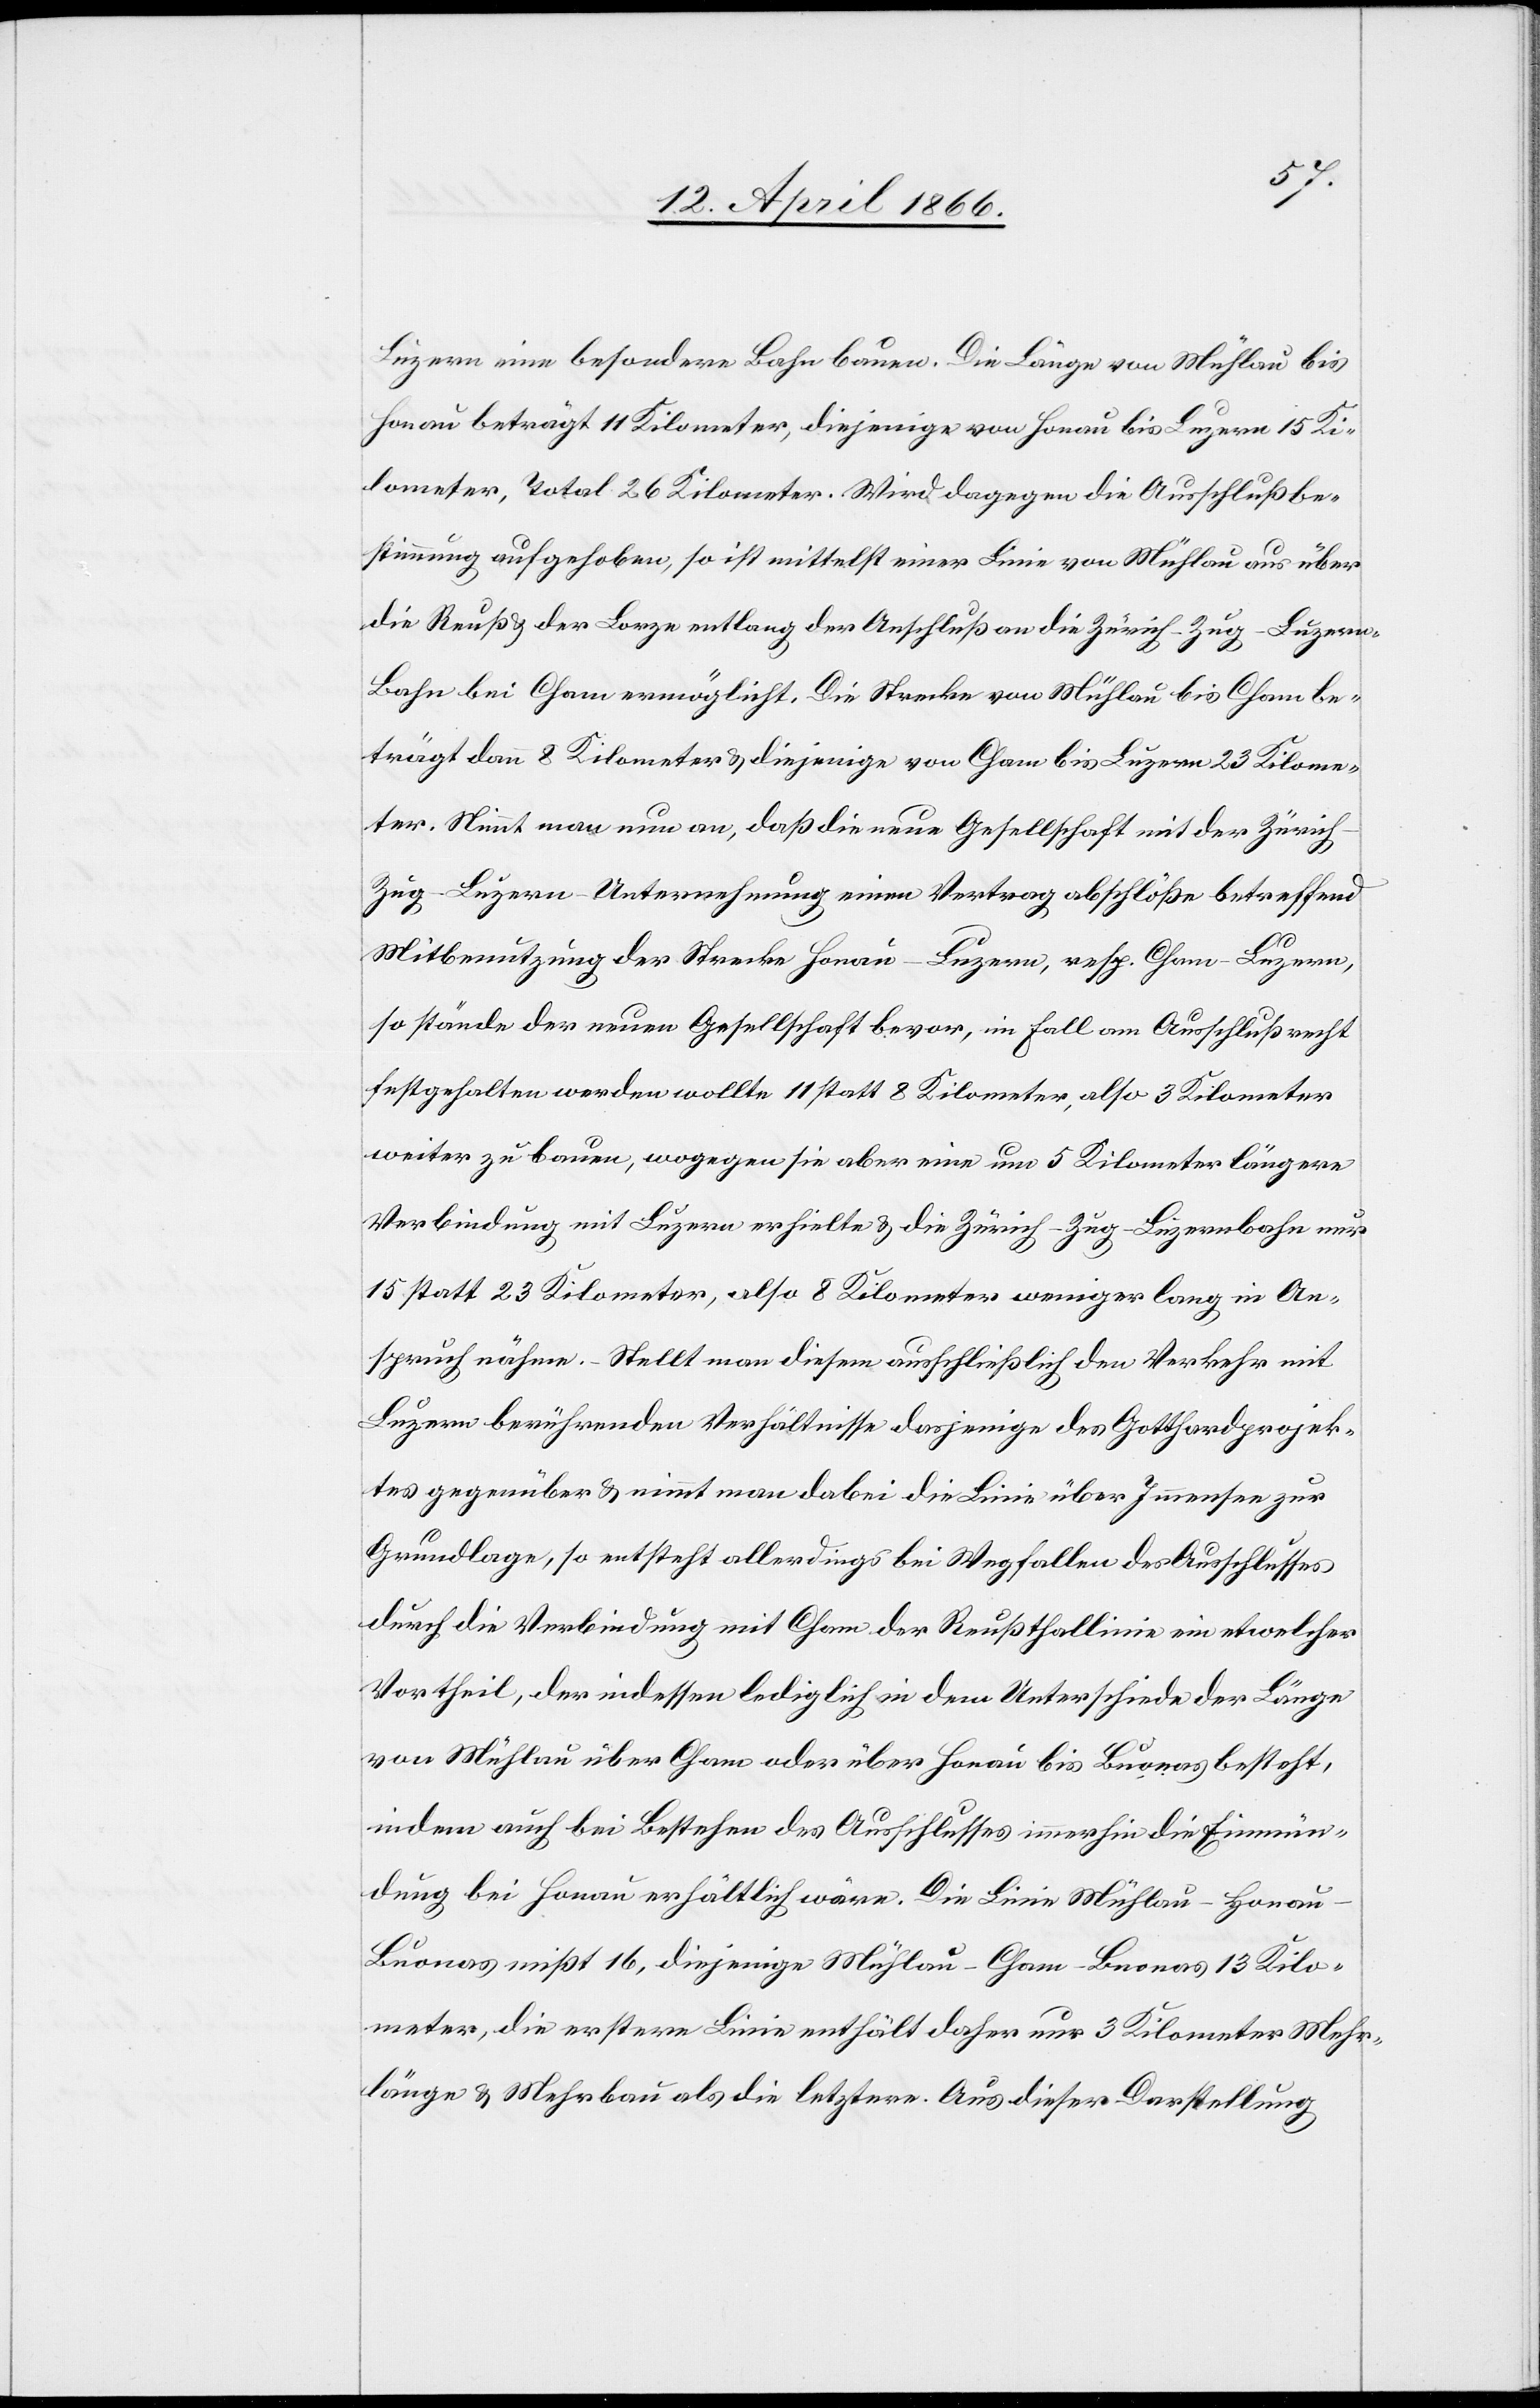
Luzern eine besondere Bahn bauen. Die Länge von Mühlau bis
Honau beträgt 11 Kilometer, diejenige von Honau bis Luzern 15 Ki¬
lometer, Total 26 Kilometer. Wird dagegen die Ausschlußbe¬
stimmung aufgehoben, so ist mittelst einer Linie von Mühlau aus über
die Reuß u. der Lorze entlang der Anschluß an die Zürich–Zug–Luzern-B¬
ahn bei Cham ermöglicht. Die Strecke von Mühlau bis Cham be¬
trägt dann 8 Kilometer u. diejenige von Cham bis Luzern 23 Kilome¬
ter. Nimmt man nun an, daß die neue Gesellschaft mit der Züric¬
h–Zug–Luzern-Unternehmung einen Vertrag abschlöße betreffend
Mitbenutzung der Strecke Honau–Luzern, resp. Cham–Luzern,
so stände der neuen Gesellschaft bevor, im Fall am Ausschlußrecht
festgehalten werden wollte 11 statt 8 Kilometer, also 3 Kilometer
weiter zu bauen, wogegen sie aber eine um 5 Kilometer längere
Verbindung mit Luzern erhielte u. die Zürich–Zug–Luzernbahn nur
15 statt 23 Kilometer, also 8 Kilometer weniger lange in An¬
spruch nähme. – Stellt man diesem ausschließlich den Verkehr mit
Luzern berührenden Verhältnisse dasjenige des Gotthardprojek¬
tes gegenüber u. nimmt man dabei die Linie über Immensee zur
Grundlage, so entsteht allerdings bei Wegfallen des Ausschlusses
durch die Verbindung mit Cham der Reußthallinie ein etwelcher
Vortheil, der indessen lediglich in dem Unterschiede der Länge
von Mühlau über Cham oder über Honau bis Buonas besteht,
indem auch bei Bestehen des Ausschlusses immerhin die Einmün¬
dung bei Honau erhältlich wäre. Die Linie Mühlau–Hona¬
u–Buonas mißt 16, diejenige Mühlau–Cham–Buonas 13 Kilo¬
meter, die erstere Linie enthält daher nur 3 Kilometer Mehr¬
länge u. Mehrbau als die letztere. Aus dieser Darstellung